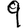
Digit: 9